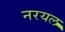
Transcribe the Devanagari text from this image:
नरयल